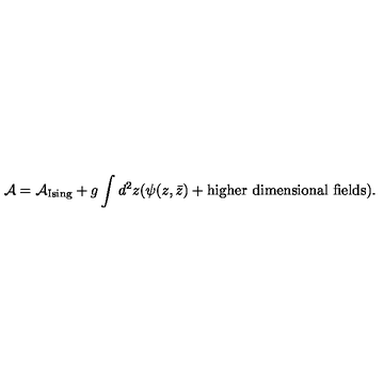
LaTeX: { \cal A } = { \cal A } _ { \mathrm { I s i n g } } + g \int d ^ { 2 } z ( \psi ( z , \bar { z } ) + \mathrm { h i g h e r \ d i m e n s i o n a l \ f i e l d s } ) .